Virumaa_algkoolid, lk 60
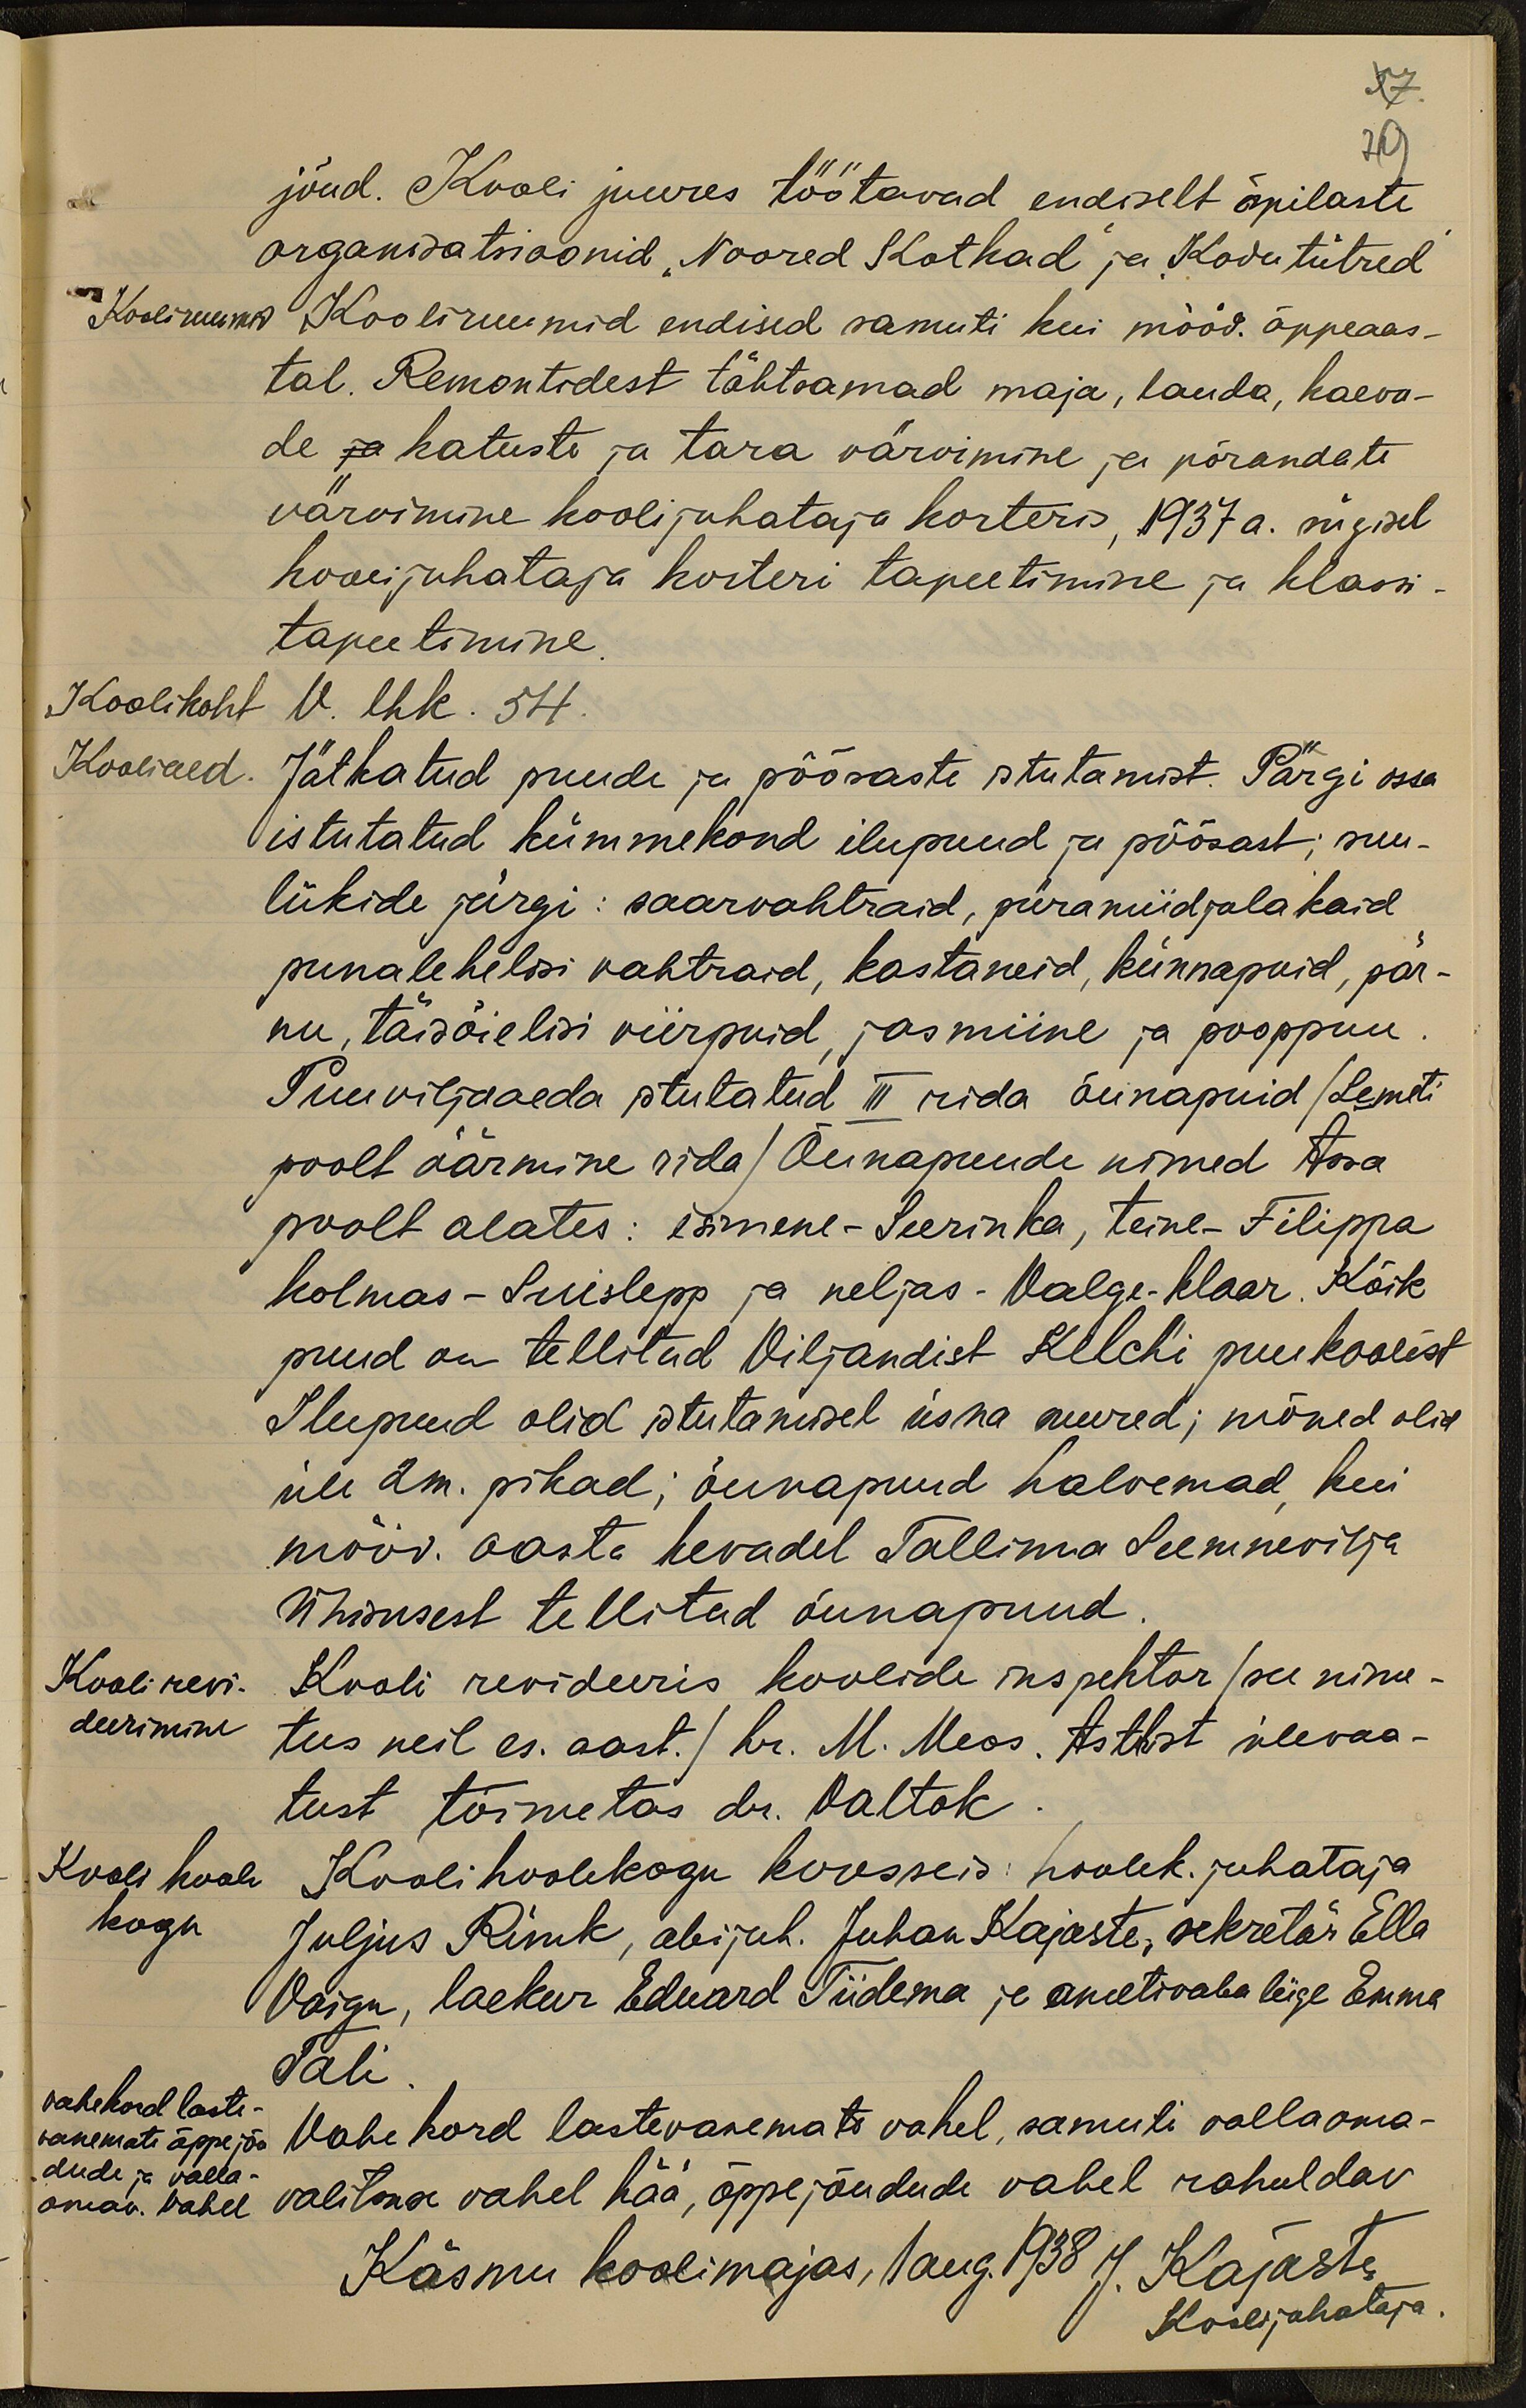
57.
79
jõud. Kooli juures töötavad endiselt õpilaste
organisatsioonid "Noored Kotkad" ja "Kodutütred"
Kooliruumid
Kooliruumid endised samuti kui mööd. õppeaas-
tal. Remontidest tähtsamad maja, lauda, kaevu-
de ja katuste ja tara värvimine ja põrandate
värvimine kooli juhataja korteris, 1937 a. sügisel
koolijuhataja korteri tapeetimine ja klassi-
tapeetimine
Koolikoht
V. lhk. 54.
Kooliaed
Jätkatud puude ja põõsaste istutamist. Pärgi ossa
istutatud kümmekond ilupuud ja põõsast; suu-
liikide järgi: saarvahtraid, püramiidjalakaid
punalehelisi vahtraid, kastaneid, künnapuid, pär-
nu, täisõielisi viirpuid, jasmiine ja pooppuu
Puuviljaaeda isutatud III rida õunapuid (Lemeti
poolt äärmine rida) Õunapuude nimed Assa
poolt alates: esimene - Seerinka, teine - Filippa
kolmas - Suislepp ja neljas - Valge-klaar. Kõik
puud on tellitud Viljandist Kelchi puukoolist
Ilupuud olid istutamisel üsna suured; mõned olid
üle 2m. pikad; õunapuud halvemad kui
mööd. aasta kevadel Tallinna Seemnevilja
Ühisusest tellitud õunapuud
Kooli revi-
Kooli revideeris koolide inspektor /see nime-
deerimine
tus neil es. aast./ hr. M. Meos. Arstlist ülevaa-
tust toimetas dr. Valtok
Kooli hoole-
Kooli hoolekogu koosseis: hoolek. juhataja
kogu.
Juljus Rink, abijuh. Juhan Kajaste, sekretär Ella
Vaigu, laekur Eduard Tiidema ja ametivaba liige Emma
vahekord laste
Tali
vanemate õppejõu
Vahe kord lastevanemata vahel, samuti valla oma-
dude ja valla
omav. vahel
valitsuse vahel hää, õppejõudude vahel rahuldav
Käsmu koolimajas, 1 aug. 1938 J. Kajaste
Koolijuhataja